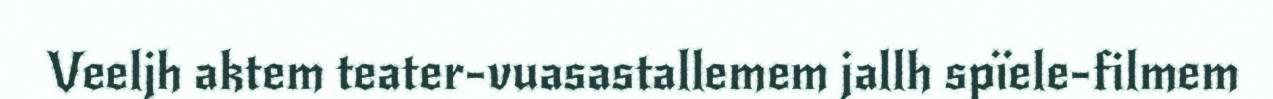
Veeljh aktem teater-vuasastallemem jallh spïele-filmem